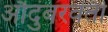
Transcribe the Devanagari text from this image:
औदुंबरवती